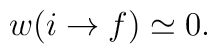
w(i\rightarrow f)\simeq0.